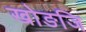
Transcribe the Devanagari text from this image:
खोङजि